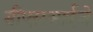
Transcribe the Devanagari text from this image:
डीएसआईजे